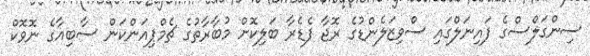
ސިންގަލްސްގެ ފައިނަލްގައި ސްވިޒަލެންޑުގެ ރޮޖާ ފެޑެރާ ބަލިކޮށް މުބާރާތުގެ ޗެމްޕިއަންކަން ސާބިއާގެ ނޮވޮކް